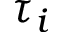
\tau _ { i }